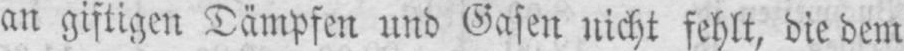
an giftigen Dämpfen und Gasen nicht fehlt, die dem